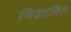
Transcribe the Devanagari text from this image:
निस्रावित